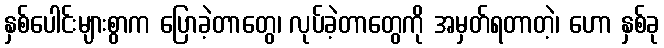
နှစ်ပေါင်းများစွာက ပြောခဲ့တာတွေ၊ လုပ်ခဲ့တာတွေကို အမှတ်ရတာတဲ့၊ ဟော နှစ်ခု